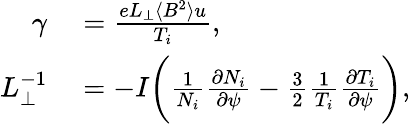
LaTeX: \begin{array}{rl}{\gamma}&{{}=\frac{eL_{\perp}\langle B^{2}\rangle u}{T_{i}},}\\ {L_{\perp}^{-1}}&{{}=-I\bigg(\frac{1}{N_{i}}\frac{\partial N_{i}}{\partial\psi}-\frac{3}{2}\frac{1}{T_{i}}\frac{\partial T_{i}}{\partial\psi}\bigg),}\end{array}